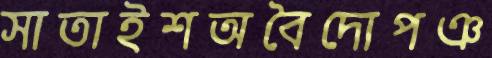
সাতাইশঅবৈদোপঞ